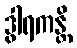
ဒွါရကန္တိ